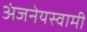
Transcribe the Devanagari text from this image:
अंजनेयस्‍वामी